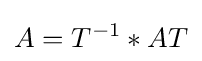
A=T^{-1}*AT